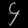
Digit: ၄